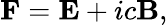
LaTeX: \mathbf{F}=\mathbf{E}+ic\mathbf{B},